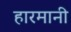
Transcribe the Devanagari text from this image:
हारमानी